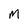
Character: m